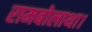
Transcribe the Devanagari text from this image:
रामबोलाथा।